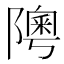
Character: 𨼟